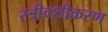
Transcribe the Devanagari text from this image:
स्त्रीवशीकरण